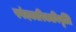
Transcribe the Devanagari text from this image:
स्पंदकारिकाविवृत्ति